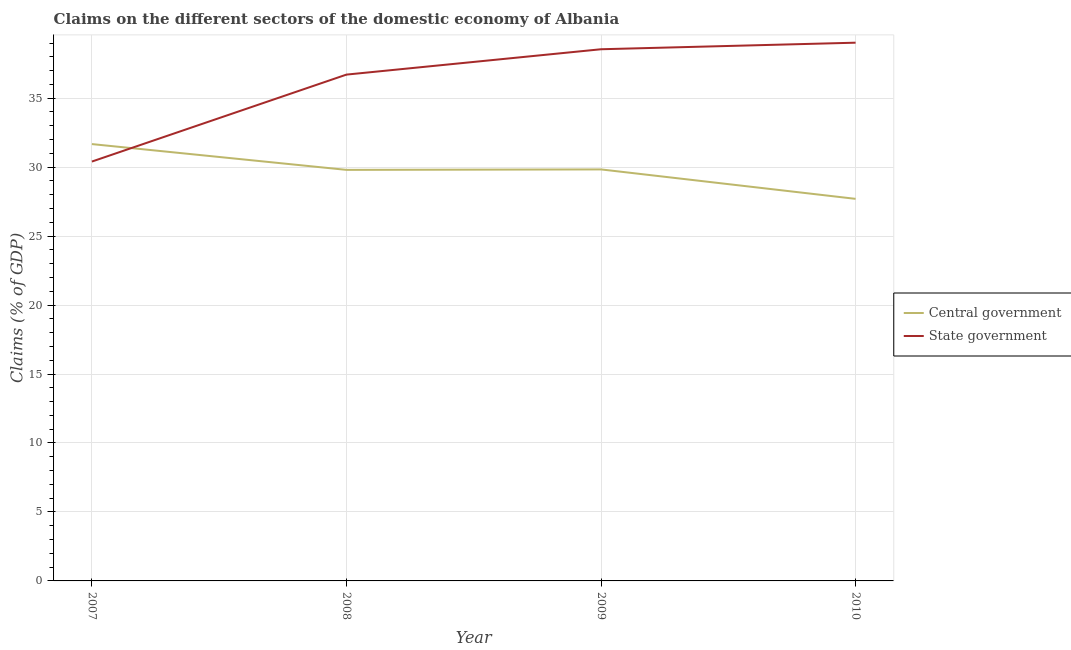
| Year | Central government | State government |
 | --- | --- | --- |
 | 2007 | 31.7 | 30.4 |
 | 2008 | 29.8 | 36.7 |
 | 2009 | 29.8 | 38.5 |
 | 2010 | 27.7 | 39 |